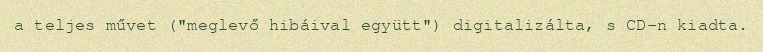
a teljes művet ("meglevő hibáival együtt") digitalizálta, s CD-n kiadta.